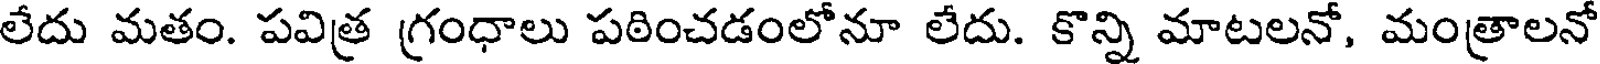
లేదు మతం. పవిత్ర గ్రంధాలు పఠించడంలోనూ లేదు. కొన్ని మాటలనో, మంత్రాలనో